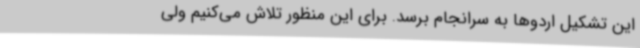
این تشکیل اردوها به سرانجام برسد. برای این منظور تلاش می‌کنیم ولی